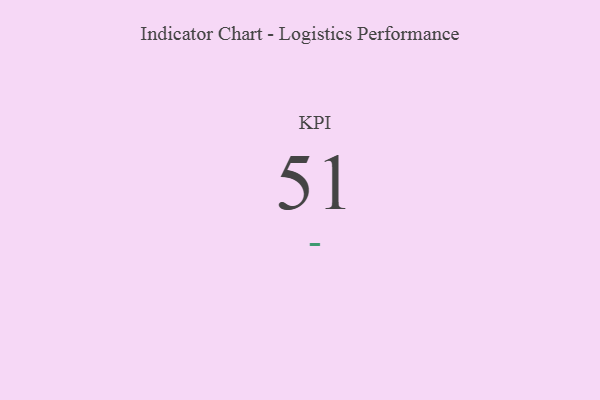
{"axis": {"x": "KPI", "y": "Value"}, "legend": [""], "data": [{"x": "KPI", "y": 51, "type": ""}]}